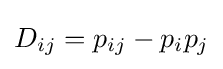
D_{ij}=p_{ij}-p_{i}p_{j}